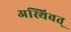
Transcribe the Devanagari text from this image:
अस्थिवत्